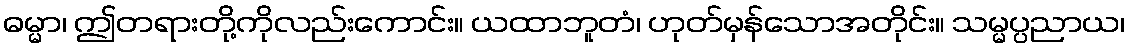
ဓမ္မာ၊ ဤတရားတို့ကိုလည်းကောင်း။ ယထာဘူတံ၊ ဟုတ်မှန်သောအတိုင်း။ သမ္မပ္ပညာယ၊